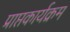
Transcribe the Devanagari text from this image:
प्राप्तकार्यक्रम